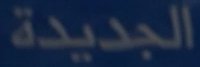
الجديدة